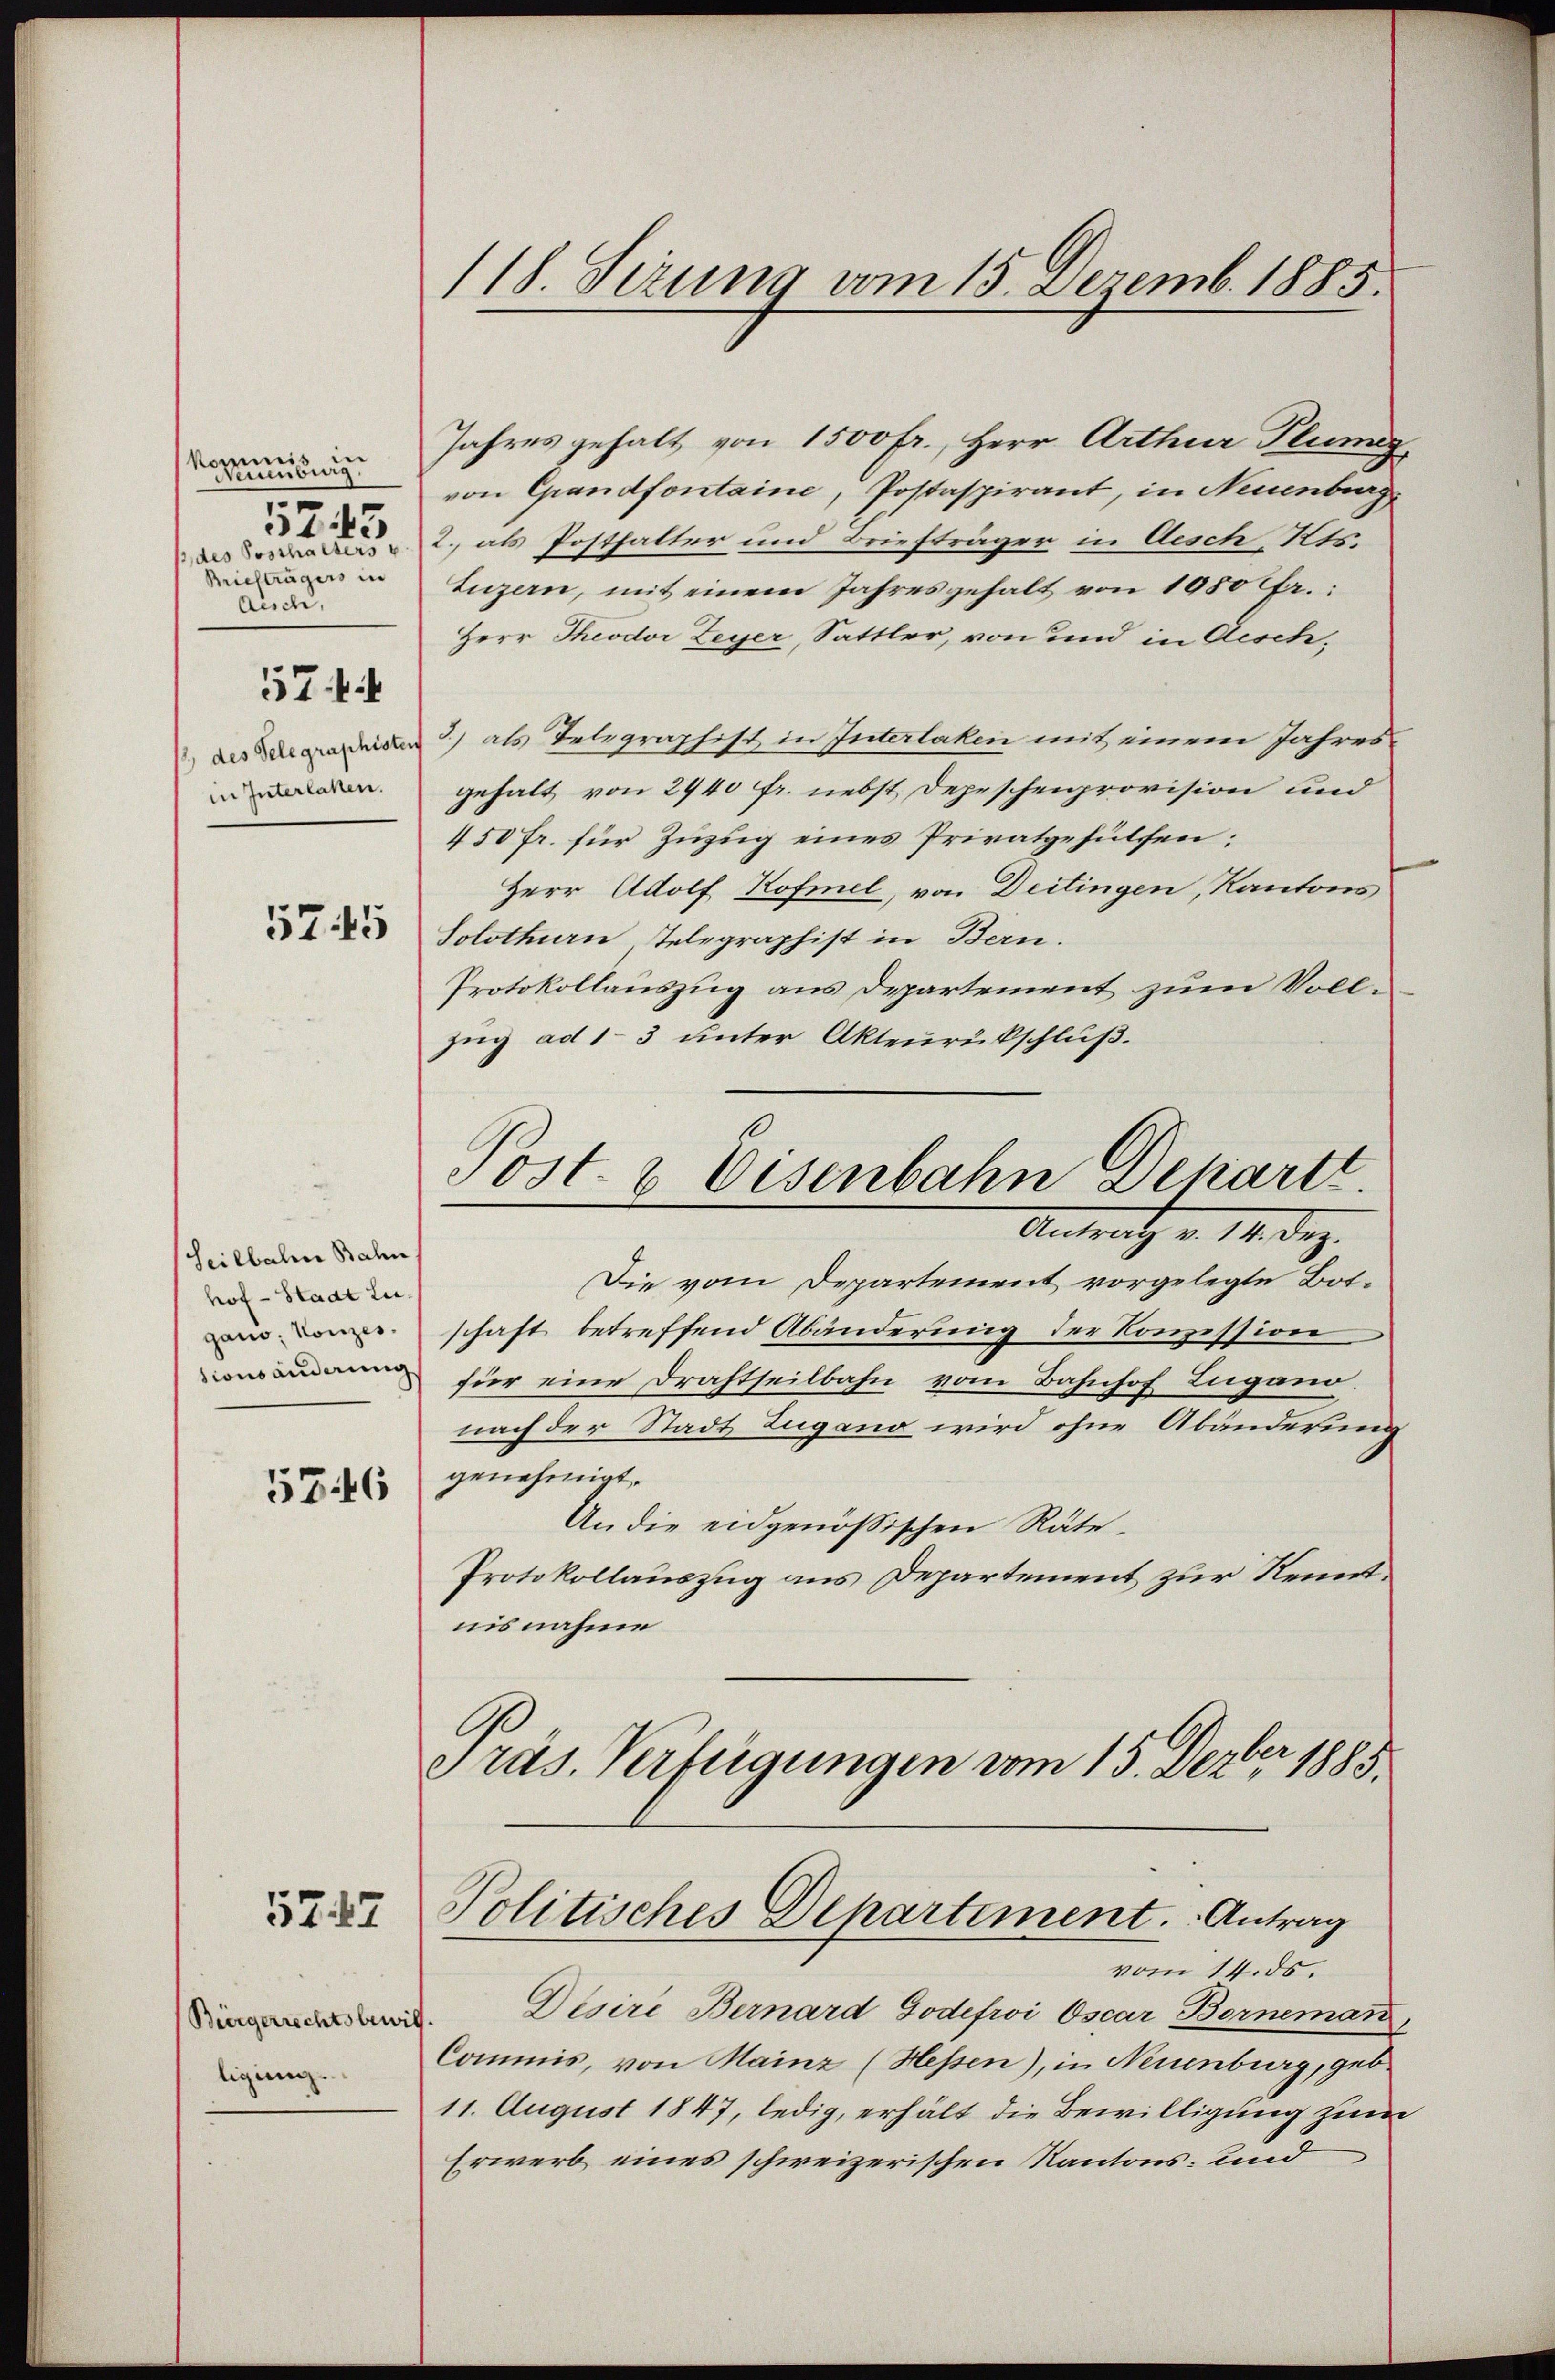
eis
kenburg
5745
2 des Posthalters
Briefträgers in
Auch,
57
1 des Telegraphister
in Interlaken.

5745

Seilbahn Bahn
hof - Stadt Lugano, Konzes.
sionsänderung

5746

57. 47

Büergerrechtsbewill.
ligung.

118. Sezung vom 15. Dezemb. 1885.

Jahres gehalt von 1500 fr., Herr Arthur Plung
von Grandfontaine, Postaspirant, in Neuenburg
2., als Posthalter und Briefträger in Aesch, Kts.
Luzern, mit einem Jahresgehalt von 1050 fr.:
Herr Theodor Leyer, Sattler, von und in Aesch¬
3) als Telegraphist in Interlaken mit einem Jahresgehalt von 2440 fr. nebst Depeschenprovision und
450 fr. für Zuzug eines Privatgehülfen;
Herr Adolf Kofmel, von Deitingen, Kantons
Solothurn, Telegraphist in Bern.
Protokollauszug aus Departement zum Vollzug ad 13 unter Akteurückschluß.
Post- & Eisenbahn Departt.
Antrat v. 14. Dez.
Die vom Departement vorgelegte Botschaft betreffend Abänderung der Konzession
für eine Drahtseilbahn vom Bahnhof Zugano.
nach der Stadt Zugano wird ohne Abänderung
genehmigt.
An die eidgenößischen Räte¬
Protokollauszug aus Departement zur Kenntnisnahme
Präs. Verfügungen vom 15. Dezbr. 1885.

Politisches Departement. Antrag
vom 14. ds.

Desire Bernard Godefroi Oscar Borneman
Commis, von Mainz (Hessen), in Neuenburg, geb.
11. August 1847, ledig, erhält die Bewilligung zum
Erwerb eines schweizerischen Kantons- und